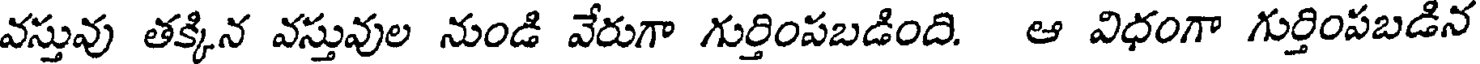
వస్తువు తక్కిన వస్తువుల నుండి వేరుగా గుర్తింపబడింది. ఆ విధంగా గుర్తింపబడిన